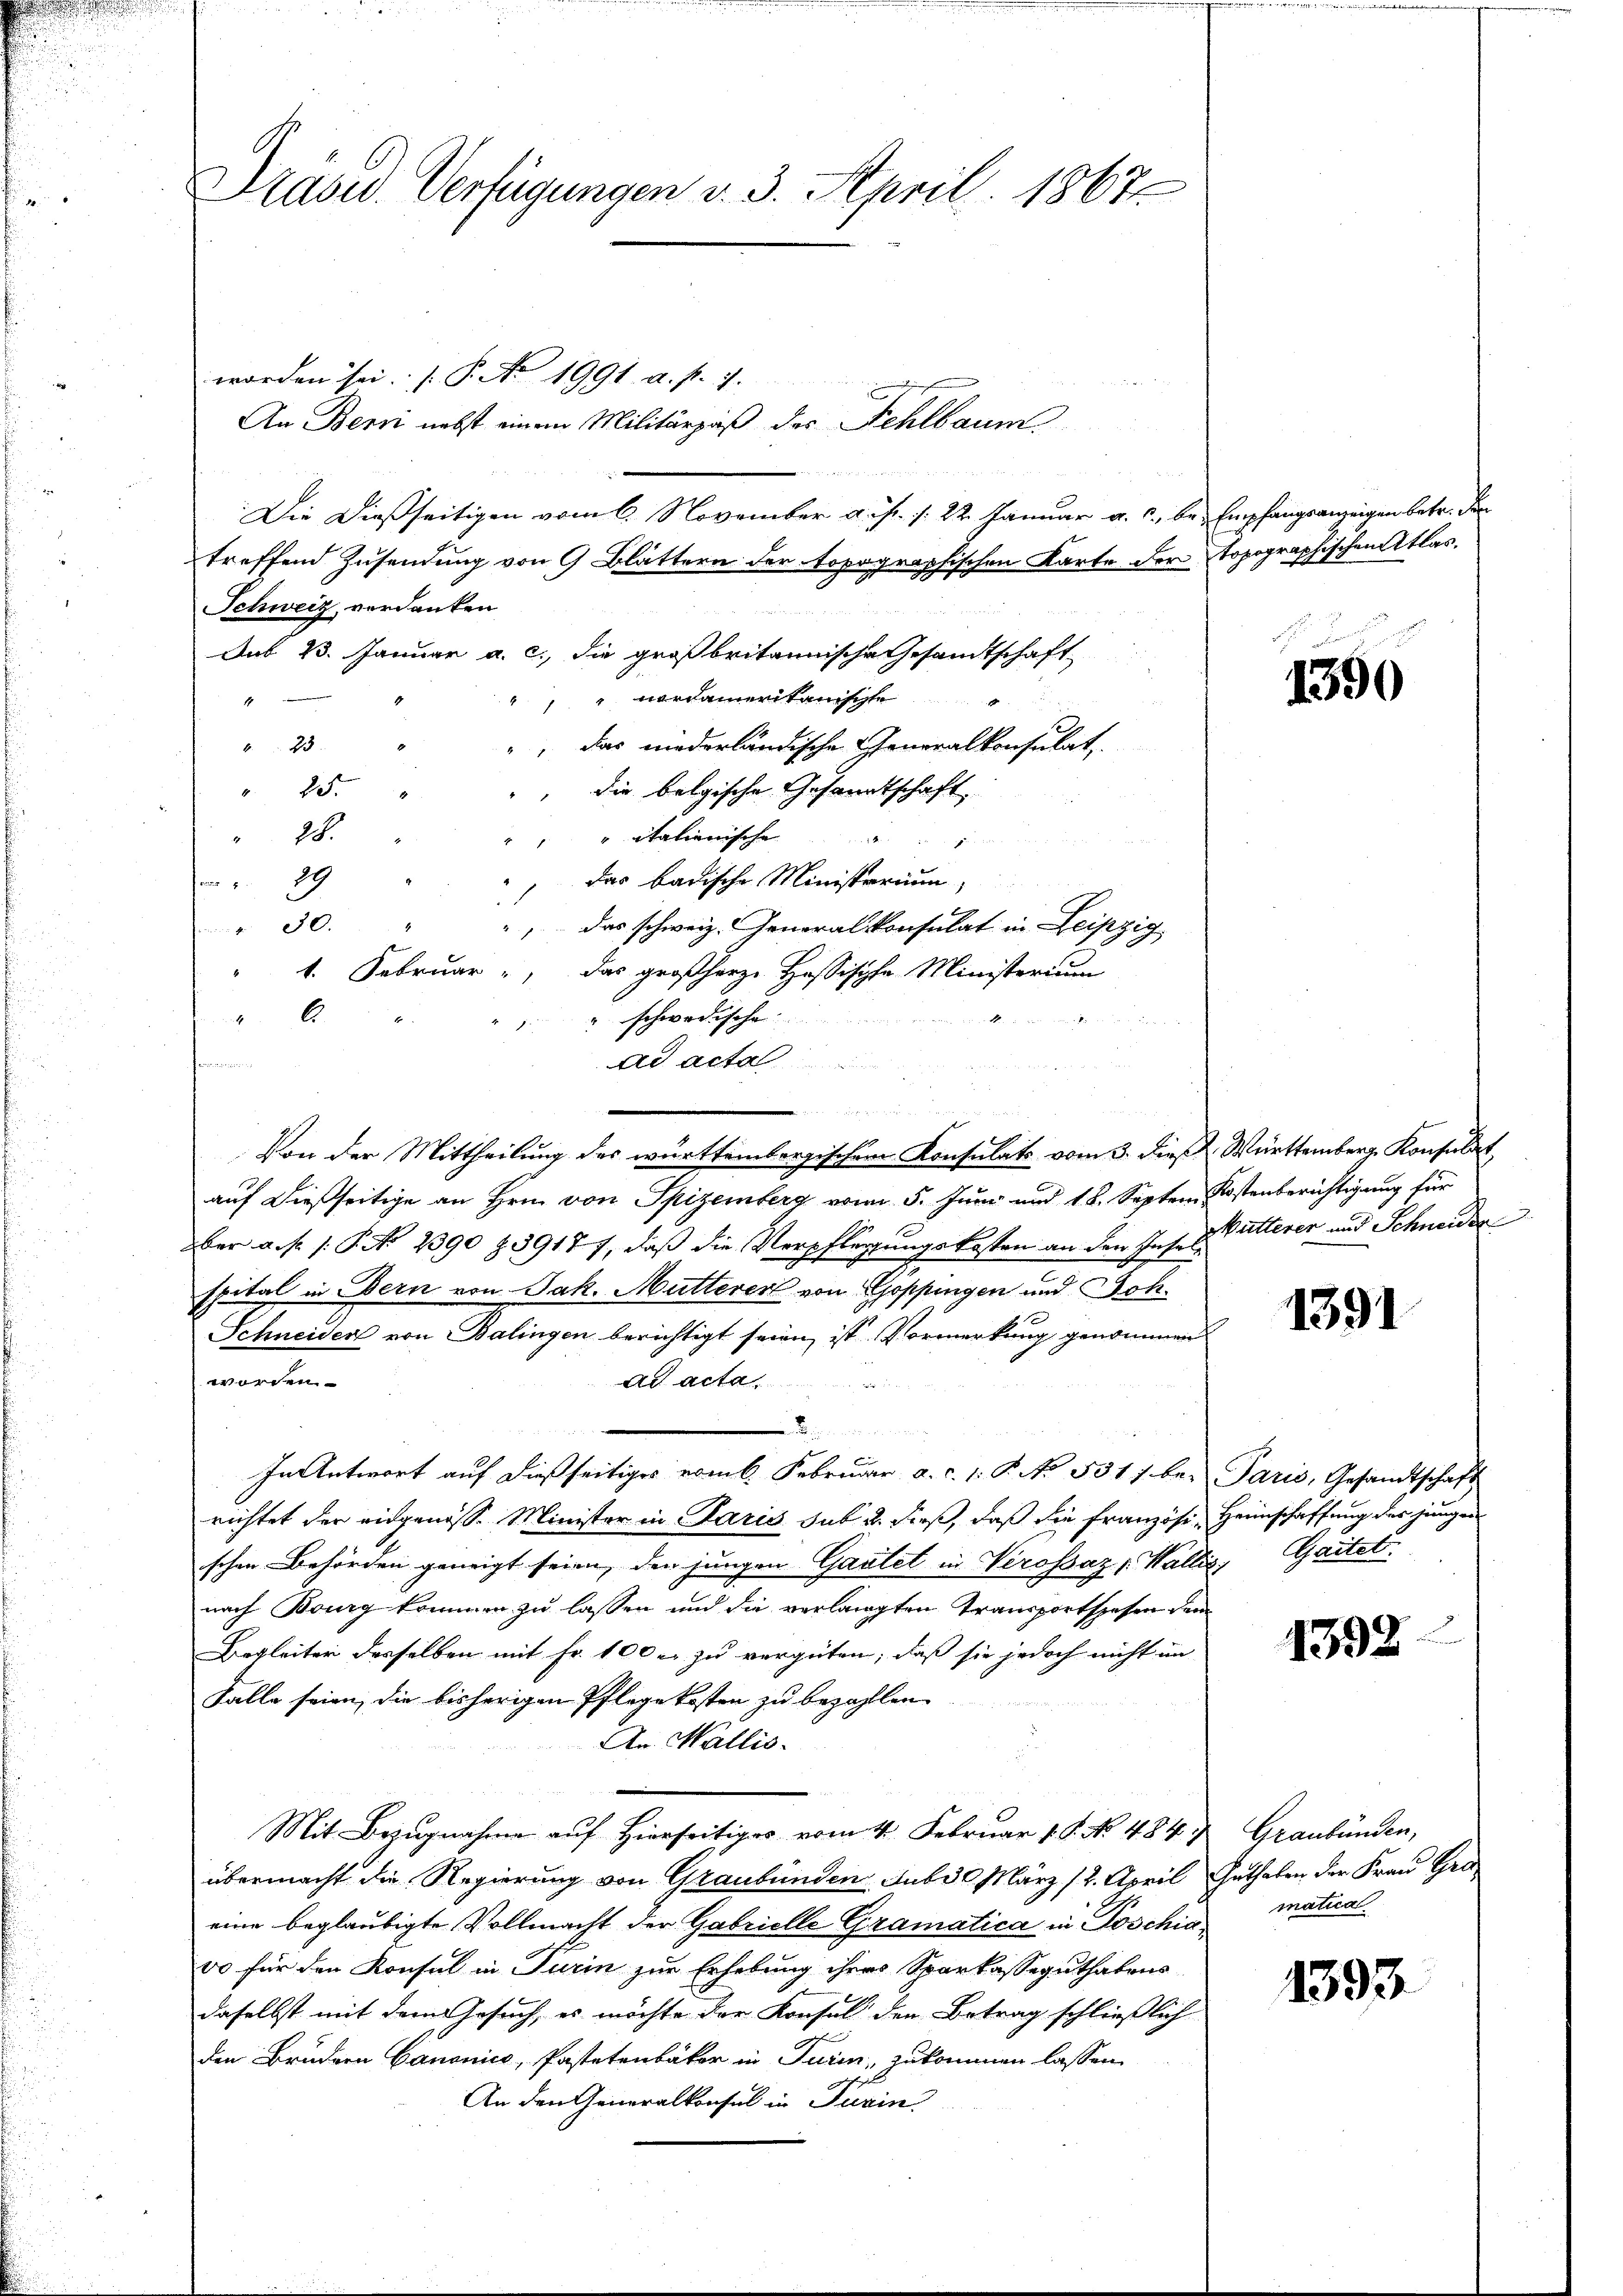
Präsid. Verfügungen v. 3. April 1867

worden sei. (P. No 1991. a. p. 7.
An Bern nebst einem Militärzäß des Fehlbaum
Die Dießseitigen vom 6. November a. f. 1. 22. Januar a. c., be- Empfangsanzeigen betr. den
treffend Zusendung von 9 Blättern der topographischen Karte der topographischen Atlas.
Schweiz, verdanken
Aus 23. Januar a. c. die großbritannische Gesandtschaft
" verdamerikanisiche
23.
", das niederländische Generalkonsulat
 25.
die belgische Gesandtschaft
28.
" italienische
Das badische Ministerium,
e
30.
das schweiz. Generalkonsulat in Leipzig
1. Februar
das großherze Hassische Ministerium
6
schwedische
ad acta
fenen
Von der Mittheilung des württembergischen Konsulats vom 3. dieß Württemberg Konsulat
auf dießseitige an Hrn. von Spizemberg vom 5. Juni und 18. Septem Kostenberichtigung für
aber a. p. 1. P. No 2390 § 3917 7, daß die Verpflegungskosten an den Inser Witterer und Schneider
spital in Bern von Jak. Mutterer von Epoppingen und Joh.
Schneiden von Balingen berichtigt seien, ist. Vormerkung genommen
worden.
Ad Acta
.
In Antwort auf dießseitiges vom k. Februar a. c. 1. P. No. 531/ be- Paris, Gesandtschaft
richtet der eingenoss. Minister in Paris sub u. dieß, daß die Französi-Heimschaffung des jungen
ischen Behörden geneigt seien, den jungen Gartet in Verossaz v. Wallis, Gartet.
nach Bourg kommen zu lassen und die verlangten Transportspesen dem
Begleiter desselben mit Fr. 100 u. zu vergüten; daß sie jedoch nicht im
Falle seien, die bisherigen Pflege kosten zu bezahlten
An Wallis.
Mit Bezugnahme auf Hierseitiges vom 4. Februar 1. P. No 484 u. Graubünden,
übermacht die Regierung von Graubünden sub 30 März (2. April Guthaben der Frau Gra
eine beglaubigte Vollmacht der Gabrielle Gramatica in Poschia
vo für den Konsul in Turin zur Erhebung ihres Sparkasseguthatens
daselbst mit dem Gesuch, es möchte der Konsul den Betrag schließlich
den Brudern Canonico, Pastetenbäker in Turin, zukommen lassen
An den Generalkonsul in Turin

1390

1391

1392

matica

1393